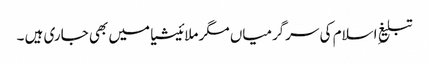
تبلیغِ اسلام کی سرگرمیاں مگر ملائیشیا میں بھی جاری ہیں ۔